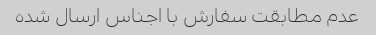
عدم مطابقت سفارش با اجناس ارسال شده